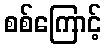
စစ်ကြောင့်